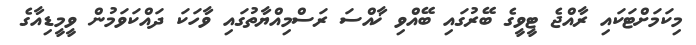
މިކަމަށްޓަކައި ރާއްޖެ ޓީވީގެ ބޭރުގައި ބޭއްވި ޚާއްސަ ރަސްމިއްޔާތުގައި ވާހަކަ ދައްކަވަމުން ވީމީޑިއާގެ